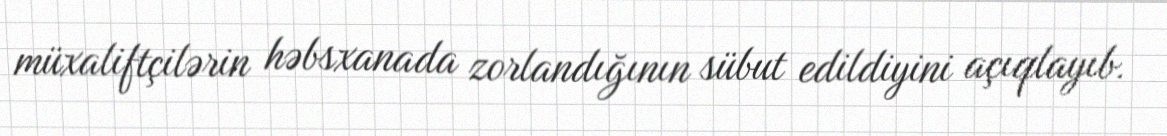
müxaliftçilərin həbsxanada zorlandığının sübut edildiyini açıqlayıb.